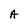
Character: A